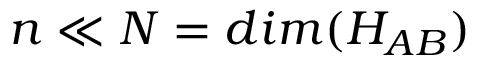
n \ll N = d i m ( H _ { A B } )